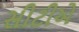
સીટીએ